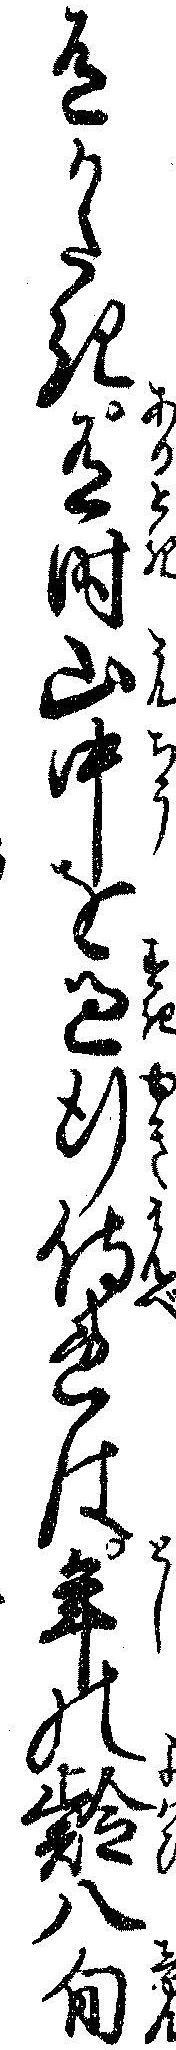
有かたき有時山中を過行侍れは年の齢八旬